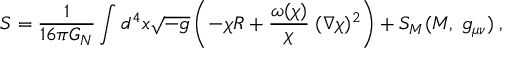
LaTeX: S = \frac { 1 } { 1 6 \pi G _ { N } } \int d ^ { 4 } x \sqrt { - g } \left( - \chi R + \frac { \omega ( \chi ) } { \chi } \; ( \nabla \chi ) ^ { 2 } \right) + S _ { M } ( { \cal M } , \; g _ { \mu \nu } ) \; ,